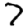
Digit: 7